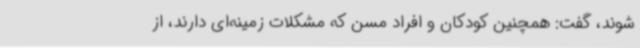
شوند، گفت:‌ همچنین کودکان و افراد مسن که مشکلات زمینه‌ای دارند، از